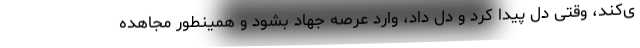
ی‌کند، وقتی دل پیدا کرد و دل داد، وارد عرصه جهاد بشود و همینطور مجاهده